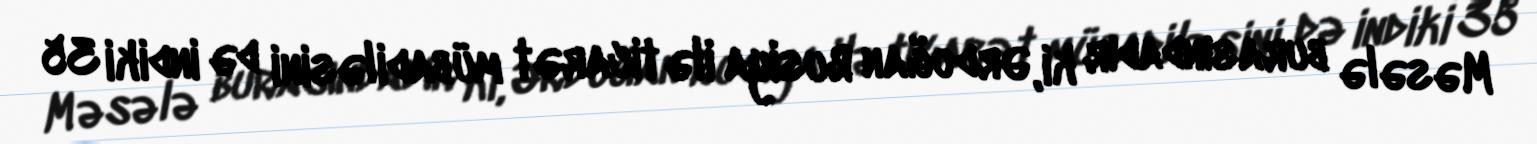
Məsələ burasındadır ki, Ərdoğan Rusiya ilə ticarət mübadiləsini də indiki 35